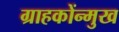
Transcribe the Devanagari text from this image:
ग्राहकोंन्‍मुख